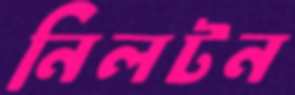
নিলটন